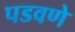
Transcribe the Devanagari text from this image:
पडवणे